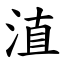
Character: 淔